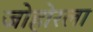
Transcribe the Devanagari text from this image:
जोहोरला